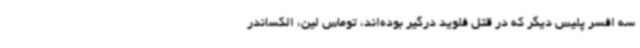
سه افسر پلیس دیگر که در قتل فلوید درگیر بوده‌اند، توماس لین، الکساندر